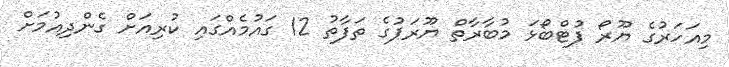
މިއަހަރުގެ ޔޫރޯ ފުޓްބޯޅަ މުބާރާތް ޔޫރަޕުގެ ތަފާތު 12 ގައުމެއްގައި ކުރިއަށް ގެންދިއުމަށް